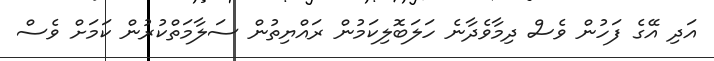
އަދި އޭގެ ފަހުން ވެސް ދިމާވެދާނެ ހަލަބޮލިކަމުން ރައްޔިތުން ސަލާމަތްކުރުން ކަމަށް ވެސް